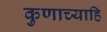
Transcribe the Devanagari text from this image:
कुणाच्याहि